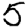
Digit: 5